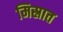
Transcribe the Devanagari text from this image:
मिस्रात